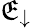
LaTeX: \mathfrak{E}_{\downarrow}